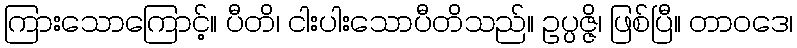
ကြားသောကြောင့်။ ပီတိ၊ ငါးပါးသောပီတိသည်။ ဥပ္ပဇ္ဇိ၊ ဖြစ်ပြီ။ တာဝဒေ၊